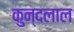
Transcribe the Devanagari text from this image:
कुन्दलाल